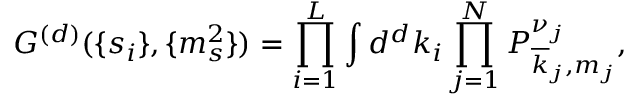
G ^ { ( d ) } ( \{ s _ { i } \} , \{ m _ { s } ^ { 2 } \} ) = \prod _ { i = 1 } ^ { L } \int d ^ { d } k _ { i } \prod _ { j = 1 } ^ { N } P _ { \overline { { { k } } } _ { j } , m _ { j } } ^ { \nu _ { j } } ,